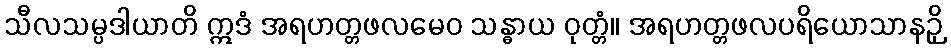
သီလသမ္ပဒါယာတိ ဣဒံ အရဟတ္တဖလမေဝ သန္ဓာယ ဝုတ္တံ။ အရဟတ္တဖလပရိယောသာနဉှိ